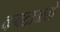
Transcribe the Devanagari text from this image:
कवटाळले